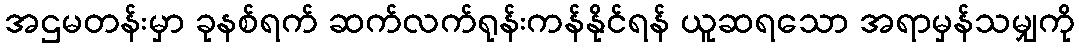
အဌမတန်းမှာ ခုနစ်ရက် ဆက်လက်ရုန်းကန်နိုင်ရန် ယူဆရသော အရာမှန်သမျှကို